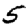
Digit: 5